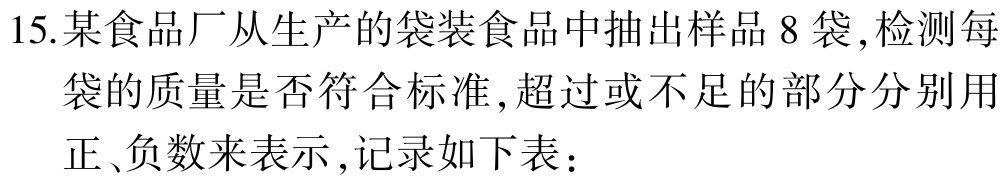
15.某食品厂从生产的袋装食品中抽出样品8袋,检测每袋的质量是否符合标准,超过或不足的部分分别用正、负数来表示,记录如下表：